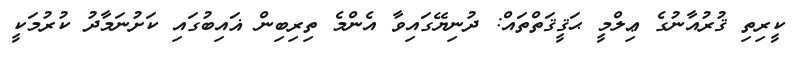
ކީރިތި ޤުރުއާނުގެ ޢިލްމީ ޙަޤީޤަތްތައް: ދުނިޔޭގައިވާ އެންމެ ތިރިބިން ޣައިބުގައި ކަށުނަމާދު ކުރުމަކީ